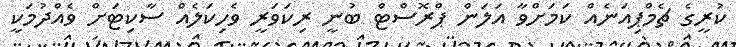
ކުރީގެ ޗެމްޕިއަނެއް ކަމަށްވާ އަލަން ޕްރޮސްޓް ބުނީ ރިކަވަރީ ވެހިކަލެއް ސާކިޓަށް ވެއްދުމަކީ